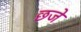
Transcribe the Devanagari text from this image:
छजे